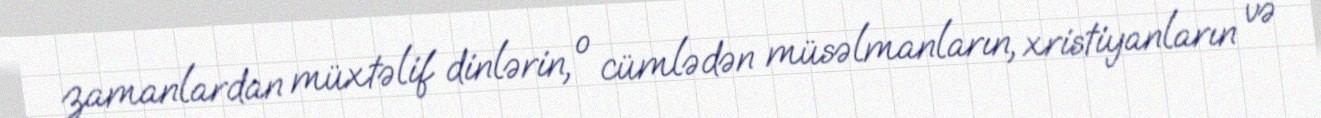
zamanlardan müxtəlif dinlərin, o cümlədən müsəlmanların, xristiyanların və